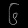
Digit: ၆